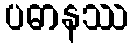
ပဓာနဿ